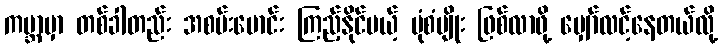
ကမ္ဘာမှာ တစ်ခါတည်း အစမ်းမောင်း ကြည့်နိုင်မယ့် ပုံစံမျိုး ဖြစ်လာဖို့ မျှော်လင့်နေတယ်လို့